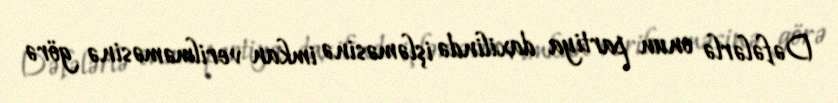
Dəfələrlə onun partiya daxilində işləməsinə imkan verilməməsinə görə